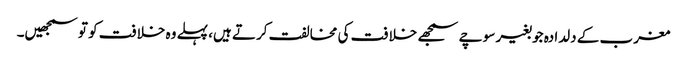
مغرب کے دلدادہ جو بغیر سوچے سمجھے خلافت کی مخالفت کرتے ہیں، پہلے وہ خلافت کو تو سمجھیں۔